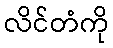
လိင်တံကို